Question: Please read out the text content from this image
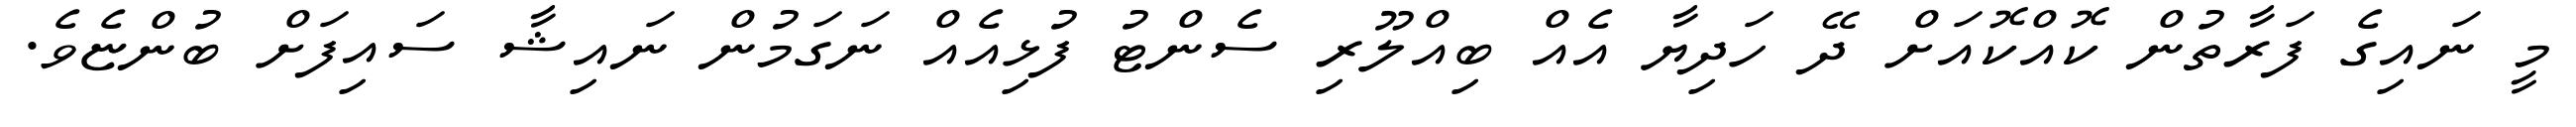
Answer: މީ ނައިގެ ފަރާތުން ކޮއްކޮއަށް ދޭ ހަދިޔާ އެއް ބިއްލޫރި ސެންޓު ފުޅިއެއް ނަގަމުން ނައިޝާ ސައިފަށް ބުންޏެވެ.